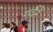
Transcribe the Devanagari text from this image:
गर्दनें